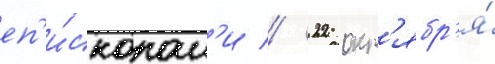
еп'и́скопам'и // 22 окт'ябр'я́